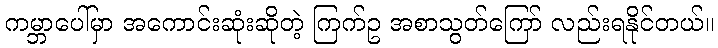
ကမ္ဘာပေါ်မှာ အကောင်းဆုံးဆိုတဲ့ ကြက်ဥ အစာသွတ်ကြော် လည်းရနိုင်တယ်။